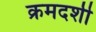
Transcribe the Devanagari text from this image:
क्रमदर्शी